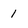
Character: 1